Annual report on the working of the lock hospitals in the Central Provinces
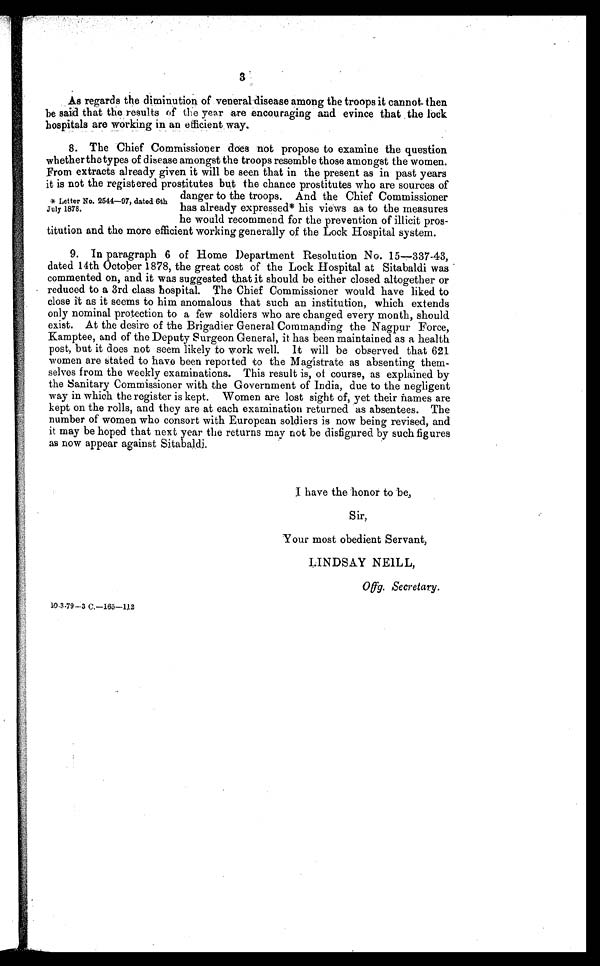
3
As regards the diminution of veneral disease among the troops it cannot. then
be said that the results of the year are encouraging and evince that the lock
hospitals are working in an efficient way.
8. The Chief Commissioner does not propose to examine the question
whether the types of disease amongst the troops resemble those amongst the women.
From extracts already given it will be seen that in the present as in past years
it is not the registered prostitutes but the chance prostitutes who are sources of
danger to the troops. And the Chief Commissioner
has already expressed* his views as to the measures
he would recommend for the prevention of illicit pros-
titution and the more efficient working generally of the Lock Hospital system.
9. In paragraph 6 of Home Department Resolution No. 15—337-43,
dated 14th October 1878, the great cost of the Lock Hospital at Sitabaldi was
commented on, and it was suggested that it should be either closed altogether or
reduced to a 3rd class hospital. The Chief Commissioner would have liked to
close it as it seems to him anomalous that such an institution, which extends
only nominal protection to a few soldiers who are changed every month, should
exist. At the desire of the Brigadier General Commanding the Nagpur Force,
Kamptee, and of the Deputy Surgeon General, it has been maintained as a health
post, but it does not seem likely to work well. It will be observed that 621
women are stated to have been reported to the Magistrate as absenting them-
selves from the weekly examinations. This result is, of course, as explained by
the Sanitary Commissioner with the Government of India, due to the negligent
way in which the register is kept. Women are lost sight of, yet their names are
kept on the rolls, and they are at each examination returned as absentees. The
number of women who consort with European soldiers is now being revised, and
it may be hoped that next year the returns may not be disfigured by such figures
as now appear against Sitabaldi.
I have the honor to be,
Sir,
Your most obedient Servant,
LINDSAY NEILL,
10-3-79-3 C.—165—112
* Letter No. 2544—97, dated 6th
July 1878.